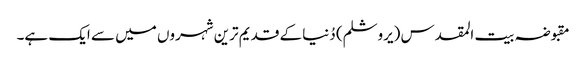
مقبوضہ بیت المقدس (یروشلم) دُنیا کے قدیم ترین شہروں میں سے ایک ہے۔